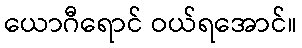
ယောဂီရောင် ဝယ်ရအောင်။